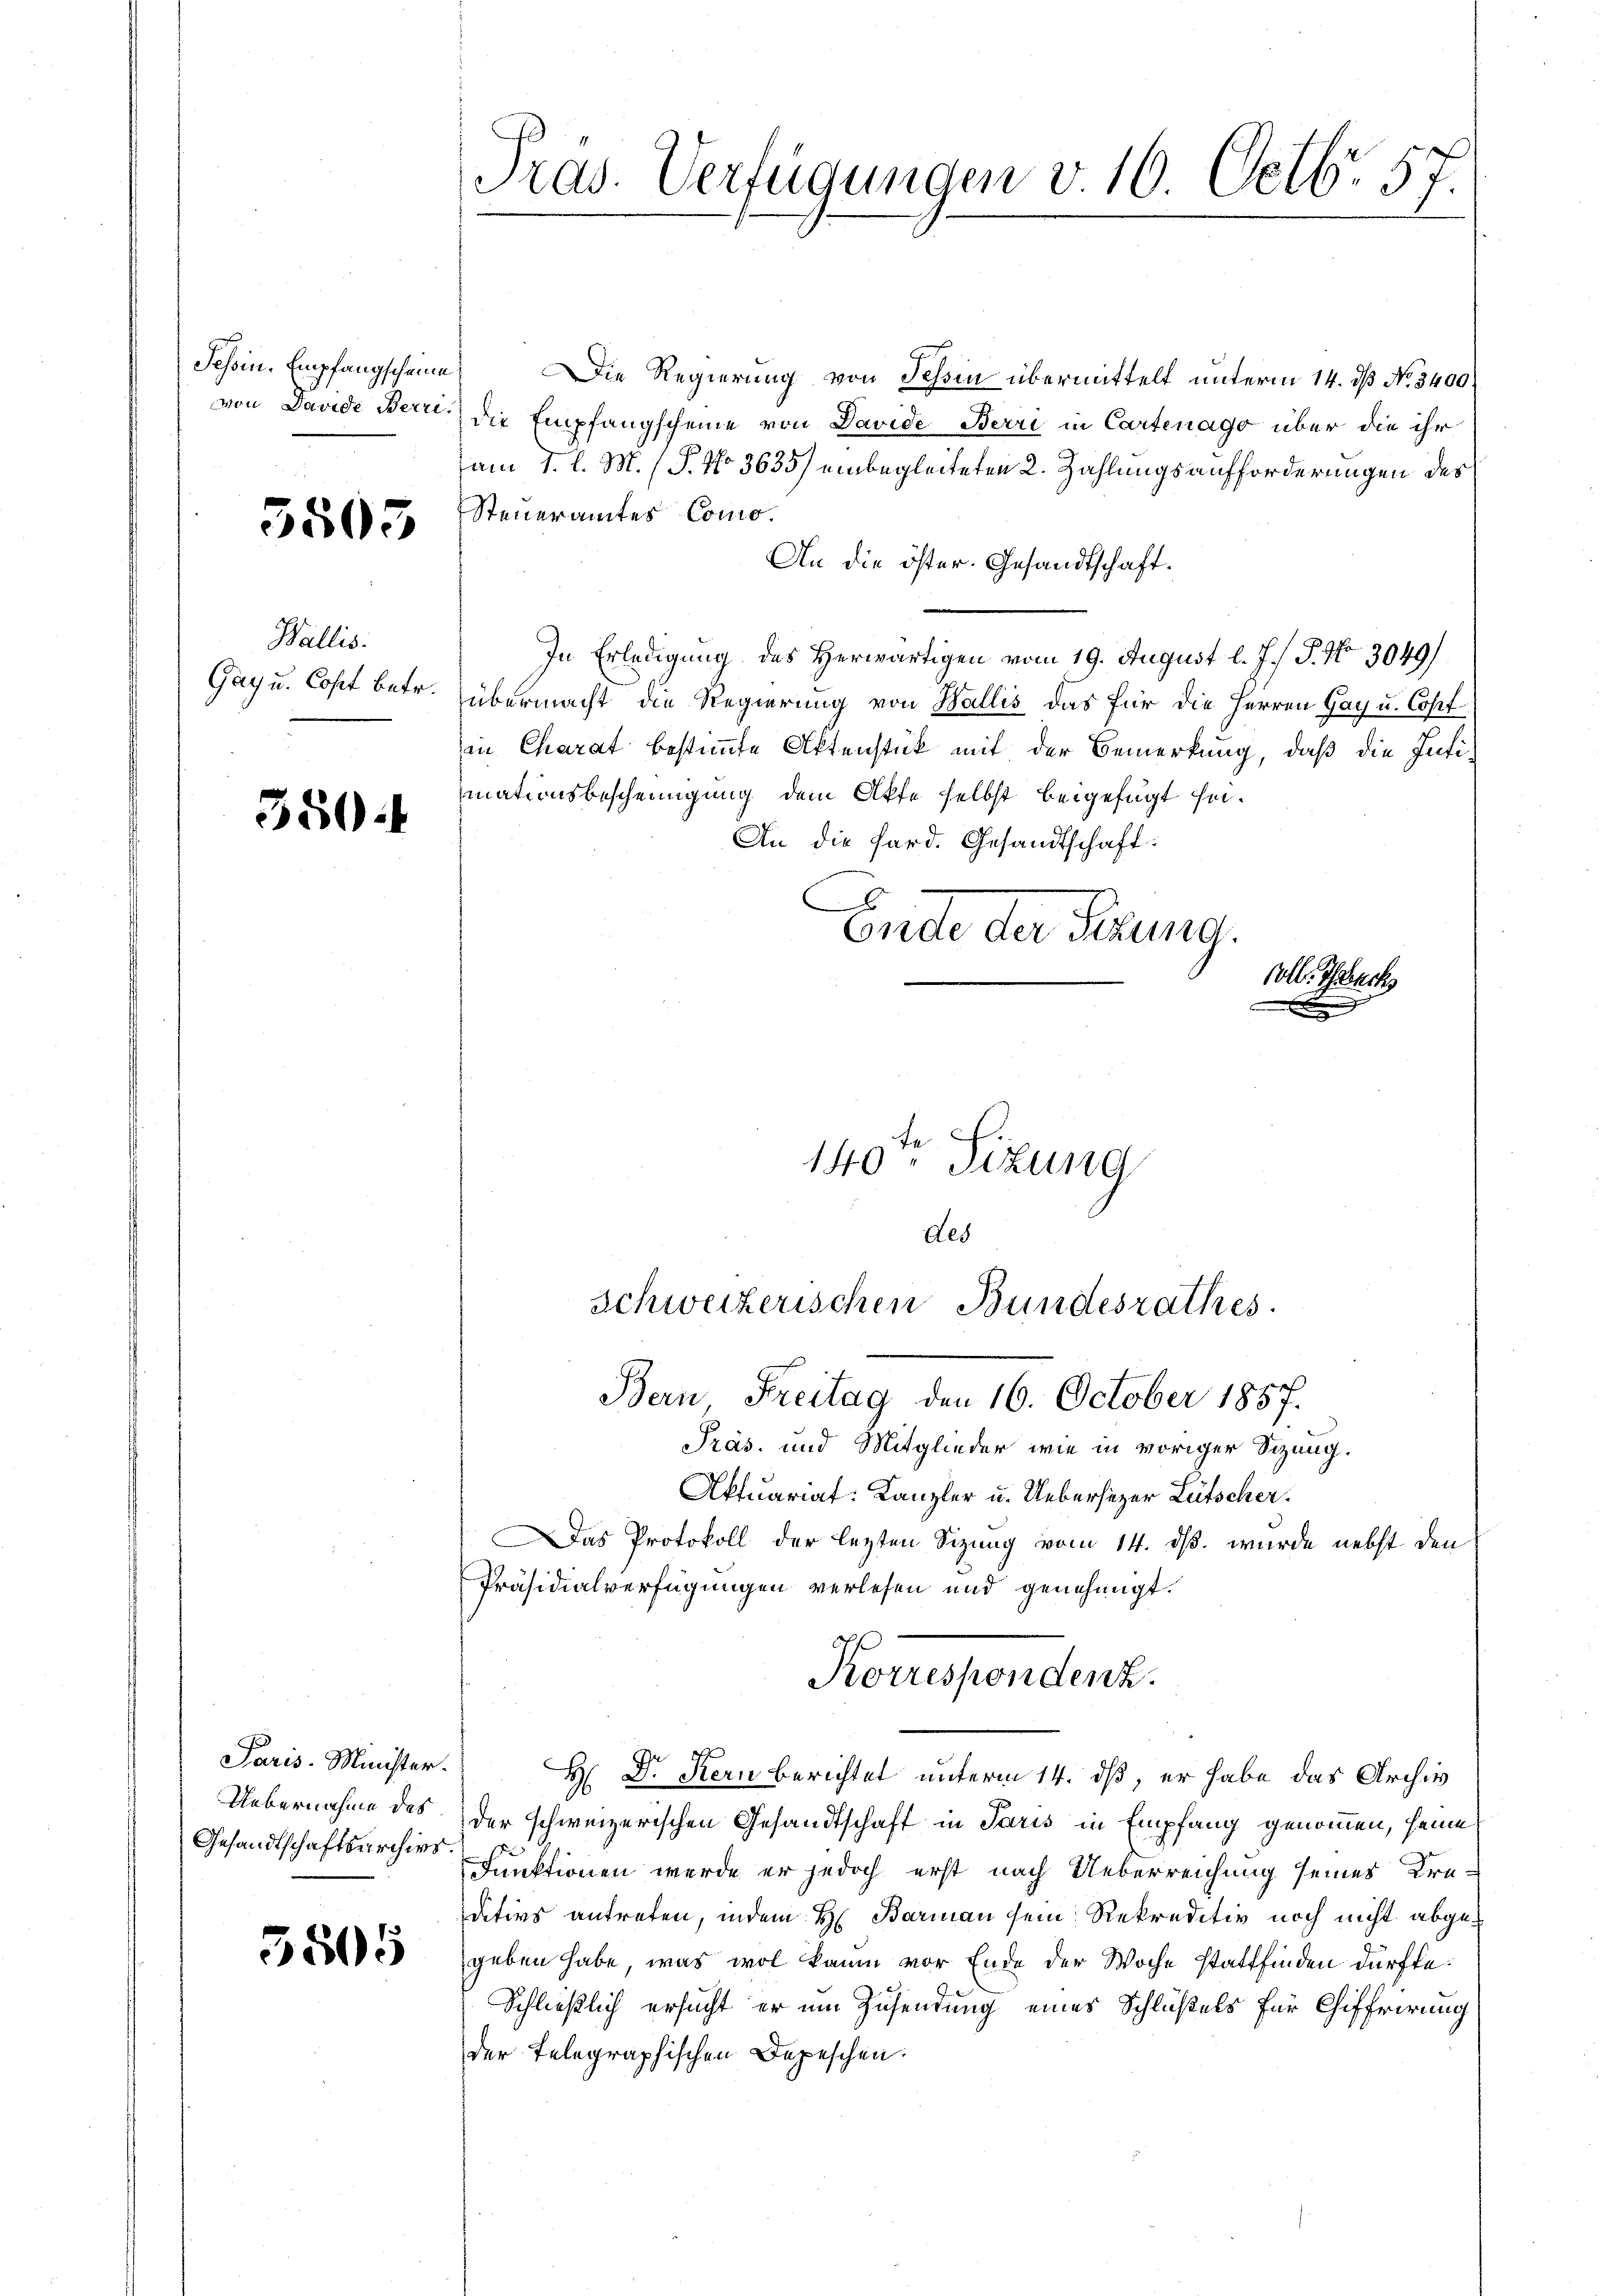
Schin. Empfangscheine

3805

Wallis.
Gay u. Cost betr.

350:

Paris-Minister.
Gesandtschaftsarchivs.

3805

Die Regierung von Tessin übermittelt unterm 14. ds No. 3400
von Davide Bern die Empfangscheine von Davide Berri in Cartenago über die ihr
am 1. l. M. (T. No 3635) einbegleiteten 2. Zahlungsaufforderungen des
Steueramtes Como¬
An die öster. Gesandtschaft.
In Erledigung des Herwärtigen vom 19. August l. J. P. Nr. 3049)
übermacht die Regierung von Wallis das für die Herren Gay u. Copt
in Charat bestimmte Aktenstück mit der Bemerkung, daß die Intiinationsbescheinigung dem Akte selbst beigefügt sei¬
An die Sard. Gesandtschaft:
Grede der Sitzung.
soll. Gesuchs

Präs. und Mitglieder wie in voriger Sitzung.
Aktuariat: Kanzler u. Uebersitzer Lütscher.
as Protokoll der letzten Sizung vom 14. ds. wurde nebst den
Präsidialverfügungen verlesen und genehmigt.
H: Dr. Kern berichtet unterm 14. dß, er habe das Archiv
Uebernahme des der schweizerischen Gesandtschaft in Paris in Empfang genommen, seine
Funktionen werde er jedoch erst nach Ueberreichung seines Kre-
ditivs antreten, indem H. Barmann sein Rekreditiv noch nicht abgegeben habe, was wol kaum vor Ende der Woche stattfinden dürfte.
Schließlich ersucht er um Zusendung eines Schlüßels für Chiffrirung
der Telegraphischen Depeschen.

Pras. Verfügungen v. 16. Octbr. 57.

140ten Sizung
des
Schweizerischen Bundesrathes.
Bern Freitag den 16. October 1857.

Koussondert.